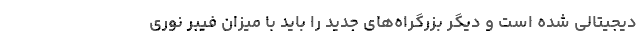
دیجیتالی شده است و دیگر بزرگراه‌های جدید را باید با میزان فیبر نوری